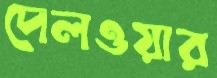
দেলওয়ার